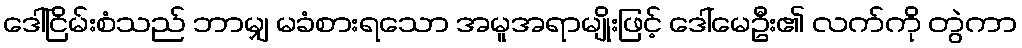
ဒေါ်ငြိမ်းစံသည် ဘာမျှ မခံစားရသော အမူအရာမျိုးဖြင့် ဒေါ်မေဦး၏ လက်ကို တွဲကာ